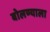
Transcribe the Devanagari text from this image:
बोलण्याला